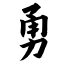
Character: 勇